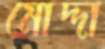
মোদ্দা